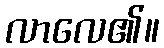
လာလေ၏။